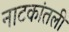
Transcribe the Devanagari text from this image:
नाटकांतली